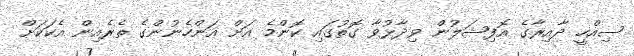
ސިއްހީ ދާއިރާގެ އޮފިޝަލުން ވިދާޅުވާ ގޮތުގައި ކޮންމެ އަށް އަންހެނުންގެ ތެރެއިން އެކަކަށް